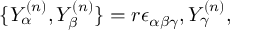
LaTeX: \{ Y _ { \alpha } ^ { ( n ) } , Y _ { \beta } ^ { ( n ) } \} = r \epsilon _ { \alpha \beta \gamma } , Y _ { \gamma } ^ { ( n ) } ,